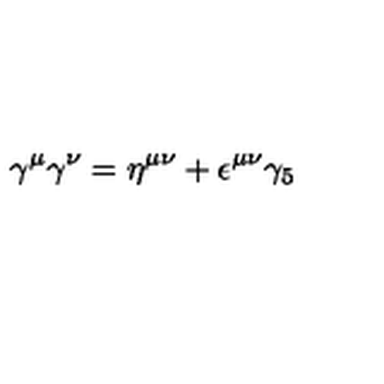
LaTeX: \gamma ^ { \mu } \gamma ^ { \nu } = \eta ^ { \mu \nu } + \epsilon ^ { \mu \nu } \gamma _ { 5 }